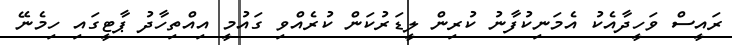
ރައީސް ވަހީދާއެކު އެމަނިކުފާނު ކުރިން ލީޑަރުކަން ކުރެއްވި ގައުމީ އިއްތިހާދު ޕާޓީގައި ހިމެނޭ